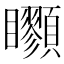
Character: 𩖇